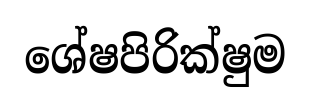
ශේෂපිරික්ෂුම